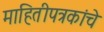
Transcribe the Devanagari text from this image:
माहितीपत्रकांचे